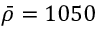
\bar { \rho } = 1 0 5 0